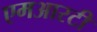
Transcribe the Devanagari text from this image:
एमआरटी